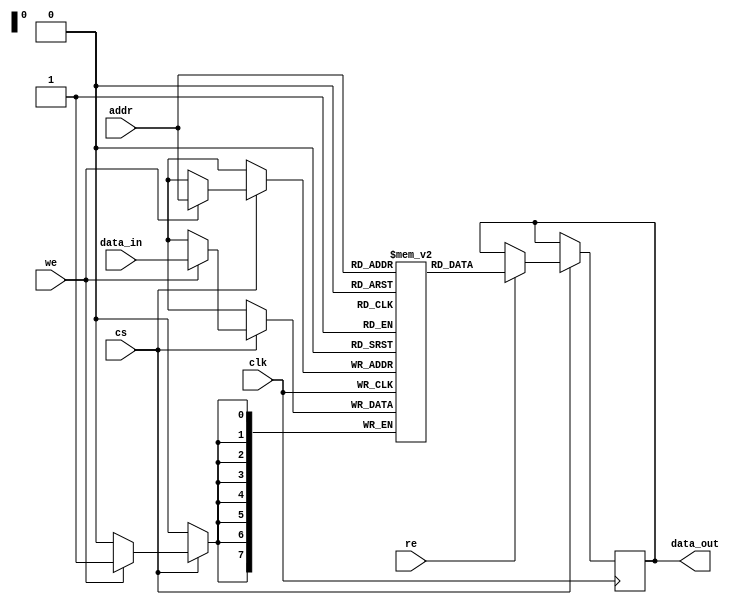
module embedded_sram #(
    parameter WORD_SIZE = 8,      // Configurable word size (8, 16, 32, etc.)
    parameter ADDR_WIDTH = 8       // Address width (depends on memory size)
)(
    input wire clk,                // Clock signal
    input wire cs,                 // Chip Select
    input wire we,                 // Write Enable
    input wire re,                 // Read Enable
    input wire [ADDR_WIDTH-1:0] addr, // Address input
    input wire [WORD_SIZE-1:0] data_in, // Data input
    output reg [WORD_SIZE-1:0] data_out // Data output
);

    // Memory array declaration
    reg [WORD_SIZE-1:0] memory [(2**ADDR_WIDTH)-1:0];

    // Read/Write operations
    always @(posedge clk) begin
        if (cs) begin
            if (we) begin
                // Write operation
                memory[addr] <= data_in;
            end
            if (re) begin
                // Read operation
                data_out <= memory[addr];
            end
        end
    end

endmodule